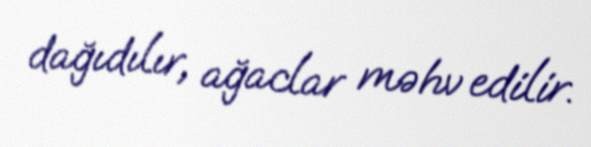
dağıdılır, ağaclar məhv edilir.